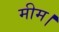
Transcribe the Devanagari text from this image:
मीम।